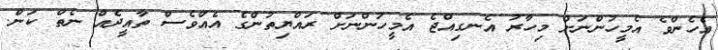
އެހެންވެ އެމީހުންނަށް މިހާރު އެނގިއްޖެ އެމީހުންނަށް ރައްޔިތުންގެ އެއްވެސް ތާއީދެއް ނެތް ކަން.